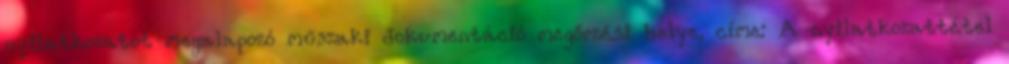
nyilatkozatot megalapozó műszaki dokumentáció megőrzési helye, címe: A nyilatkozattétel